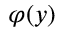
\varphi ( y )